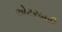
એટરબરી